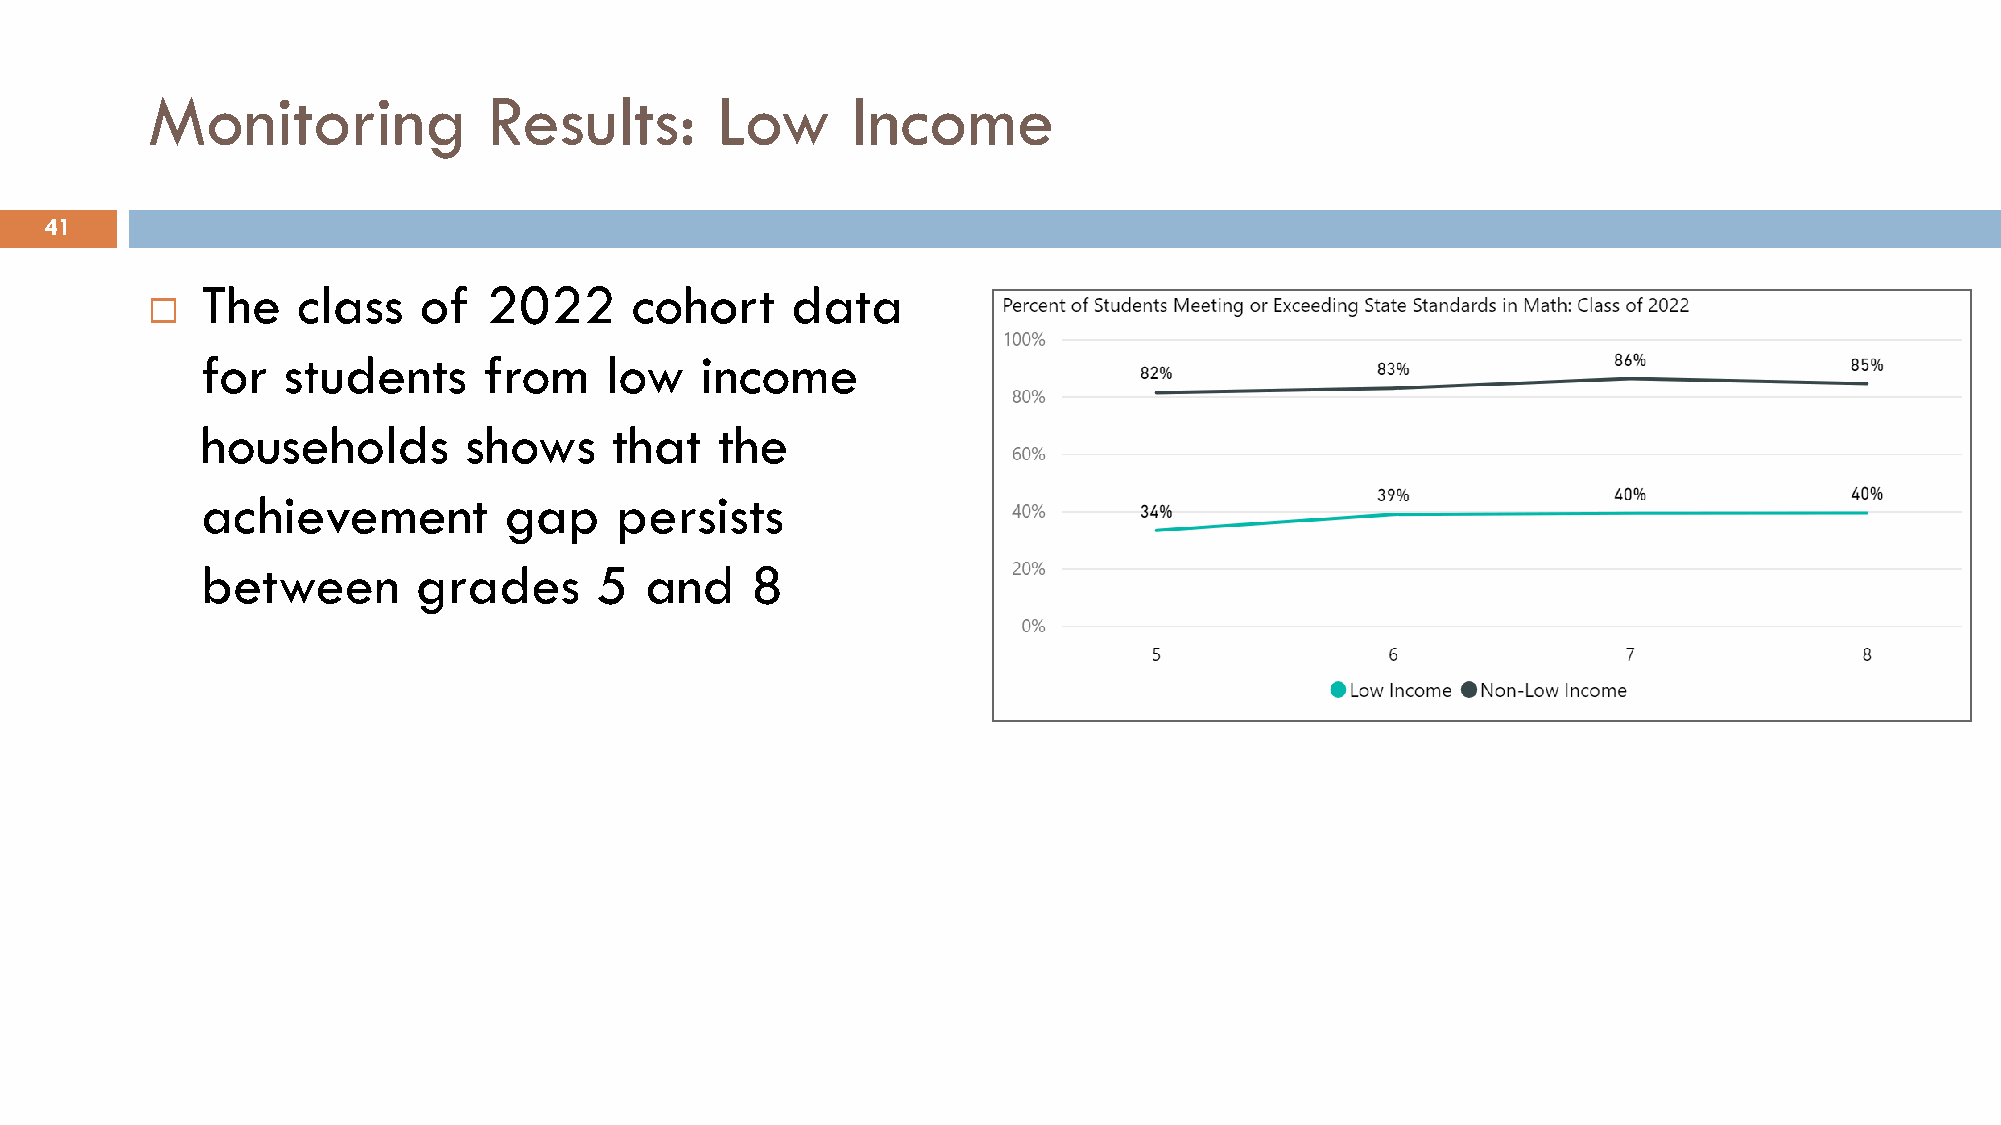
Monitoring            Results:       Low      Income
 41
 The    class   of  2022      cohort    data
 
 for   students     from    low   income
 households        shows     that   the
 achievement         gap     persists
 between        grades     5   and    8